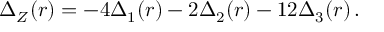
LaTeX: \Delta _ { Z } ( r ) = - 4 \Delta _ { 1 } ( r ) - 2 \Delta _ { 2 } ( r ) - 1 2 \Delta _ { 3 } ( r ) \, .